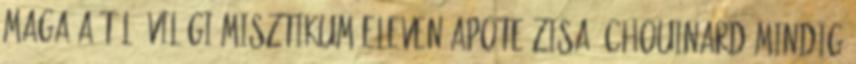
maga a túl- világi misztikum eleven apoteózisa. Chouinard mindig